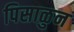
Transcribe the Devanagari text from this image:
पिसाळुन